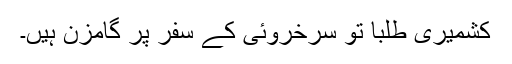
کشمیری طلبا تو سرخروئی کے سفر پر گامزن ہیں۔